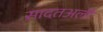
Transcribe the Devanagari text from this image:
सादतअली